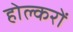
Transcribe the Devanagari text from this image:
होल्करों